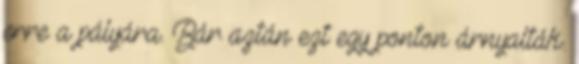
erre a pályára. Bár aztán ezt egy ponton árnyalták.